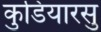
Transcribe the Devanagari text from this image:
कुडियारसु